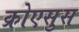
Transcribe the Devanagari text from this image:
क्रोएसुस